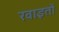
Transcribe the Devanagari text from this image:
रवाइतों